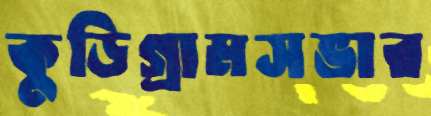
কুড়িগ্রামসভার